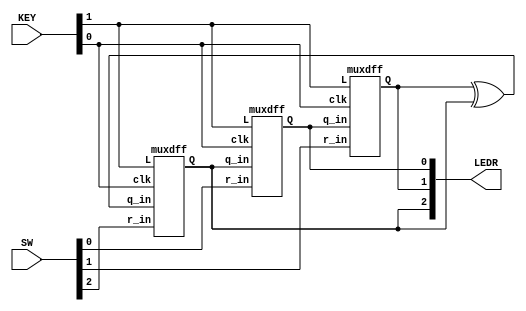
module top_module (
	input [2:0] SW,
	input [1:0] KEY,
	output [2:0] LEDR
);
    wire Q0,Q1,Q2,temp;
    assign temp = Q1 ^ Q2;
    assign LEDR = {Q2,Q1,Q0};

    muxdff dff0 (.clk(KEY[0]), .L(KEY[1]), .r_in(SW[0]), .q_in(Q2), .Q(Q0));
    muxdff dff1 (.clk(KEY[0]), .L(KEY[1]), .r_in(SW[1]), .q_in(Q0), .Q(Q1));
    muxdff dff2 (.clk(KEY[0]), .L(KEY[1]), .r_in(SW[2]), .q_in(temp), .Q(Q2));

endmodule

module muxdff (
	input clk,
	input L,
	input r_in,
	input q_in,
	output reg Q
);
    wire wire1;

    assign wire1 = L ? r_in : q_in;

    always @(posedge clk) begin
        Q <= wire1;
    end

endmodule